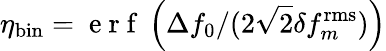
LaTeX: \eta_{\mathrm{bin}}=\mathrm{~e~r~f~}\left(\Delta f_{0}/(2\sqrt{2}\delta f_{m}^{\mathrm{rms}})\right)